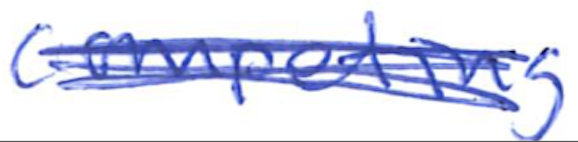
Text: competing
Cross-out: scratch
Writing tool: ballpoint